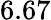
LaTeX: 6.67